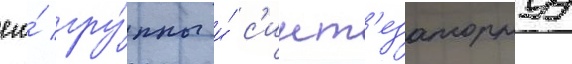
его́ гру́ппы и́ с'инт'езаторнуу